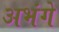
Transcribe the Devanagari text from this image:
अभंगे